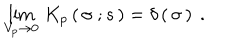
\lim _ { V _ { p } \to 0 } \, K _ { p } \left( \, \sigma \ ; s \, \right) = \delta \left( \, \sigma \, \right) \ .